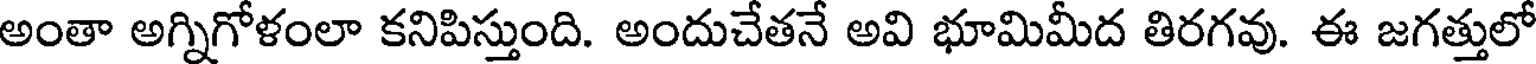
అంతా అగ్నిగోళంలా కనిపిస్తుంది. అందుచేతనే అవి భూమిమీద తిరగవు. ఈ జగత్తులో